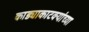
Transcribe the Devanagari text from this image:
काड्याकाटक्यांच्या